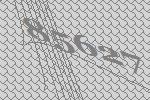
85627